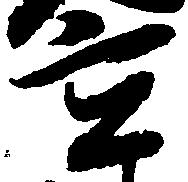
主